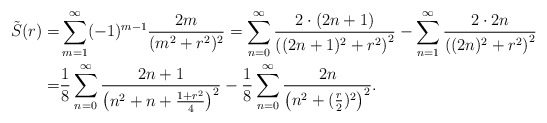
\begin{align*}\tilde{S}(r)=&\sum_{m=1}^{\infty}(-1)^{m-1}\frac{2m}{(m^2+r^2)^2}=\sum_{n=0}^{\infty}\frac{2\cdot (2n+1)}{\left((2n+1)^2+r^2\right)^2}-\sum_{n=1}^{\infty}\frac{2\cdot 2n}{\left((2n)^2+r^2\right)^2}\\=&\frac 18\sum_{n=0}^{\infty}\frac{2n+1}{\left(n^2+n+\frac {1+r^2}{4}\right)^2}-\frac 18\sum_{n=0}^{\infty}\frac{2n}{\left(n^2+(\frac r2)^2\right)^2}.\end{align*}